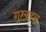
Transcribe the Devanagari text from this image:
गुरूबहन